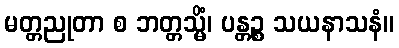
မတ္တညုတာ စ ဘတ္တသ္မိံ၊ ပန္တဉ္စ သယနာသနံ။